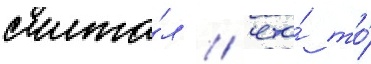
счита́л / что́ то́